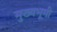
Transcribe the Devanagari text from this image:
मुख्यभूमी